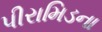
પીરામિડના